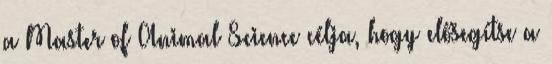
a Master of Animal Science célja, hogy elősegítse a